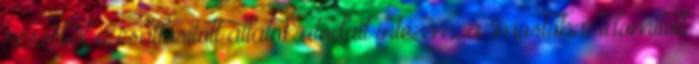
részéből a csatlósított állatok utódait intézem, a "mostoha" idomított